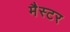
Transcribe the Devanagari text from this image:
मैस्टर